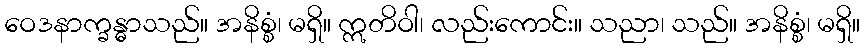
ဝေဒနာက္ခန္ဓာသည်။ အနိစ္စံ၊ မရှိ။ ဣတိဝါ၊ လည်းကောင်း။ သညာ၊ သည်။ အနိစ္စံ၊ မရှိ။